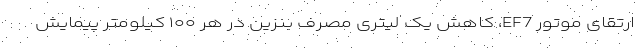
ارتقای موتور EF7، کاهش یک لیتری مصرف بنزین در هر ۱۰۰ کیلومتر پیمایش